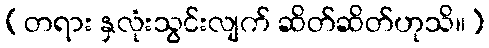
(တရား နှလုံးသွင်းလျက် ဆိတ်ဆိတ်ဟုသိ။)